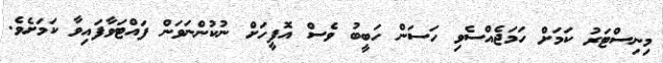
މިނިސްޓަރު ކަމަށް ހަމަޖެއްސެވި ހަސަން ހަބީބު ވެސް އޮފީހަށް ނުކުންނަވަން ފައްޓަވާފައިވާ ކަމަށެވެ.